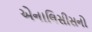
એનાલિસીસનો